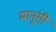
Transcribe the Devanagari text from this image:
मानूंगी